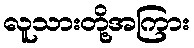
လူသားတို့အကြား